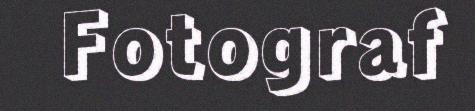
Fotograf